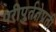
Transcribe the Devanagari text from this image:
परीपुर्ततेप्रती